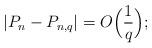
LaTeX: \begin{align*}|P_n-P_{n,q}|= O\Big(\frac{1}{q}\Big);\end{align*}